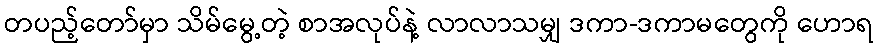
တပည့်တော်မှာ သိမ်မွေ့တဲ့ စာအလုပ်နဲ့ လာလာသမျှ ဒကာ-ဒကာမတွေကို ဟောရ